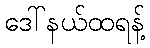
ဒေါ်နယ်ထရန့်